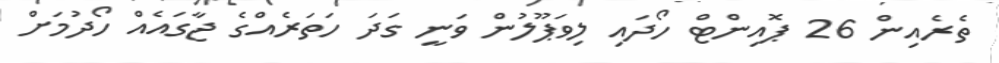
ތެރެއިން 26 ޕޮއިންޓް ހޯދައި ލިވަޕޫލުން ވަނީ ގަދަ ހަތަރެއްގެ ޖާގައެއް ހޯދުމަށް